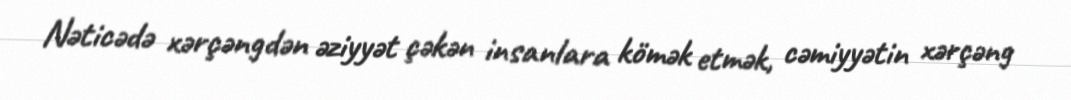
Nəticədə xərçəngdən əziyyət çəkən insanlara kömək etmək, cəmiyyətin xərçəng